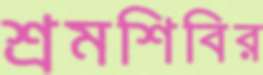
শ্রমশিবির